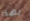
بهذا